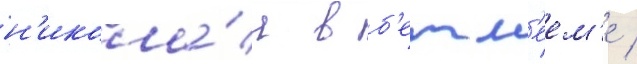
н'икола́я в б'етл'еем'е /